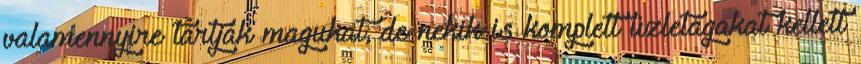
valamennyire tartják magukat, de nekik is komplett üzletágakat kellett